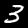
Digit: 3